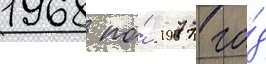
1968 по́ 1977 го́д